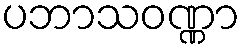
ပဘာသဝဏ္ဏာ